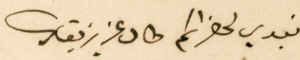
نبدي لحضراتكم طال عزيز بقاك